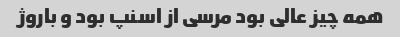
همه چیز عالی بود مرسی از اسنپ بود و باروژ